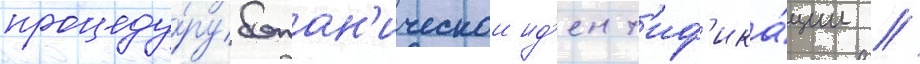
процеду́ру ботан'ическои ид'ент'иф'ика́ции /